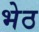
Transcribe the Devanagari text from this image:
भेठ